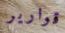
قوارير